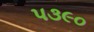
પ૩૯૦